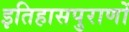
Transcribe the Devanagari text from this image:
इतिहासपुराणों